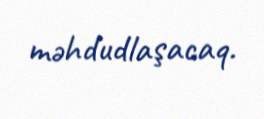
məhdudlaşacaq.